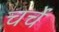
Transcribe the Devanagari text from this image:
चर्चें